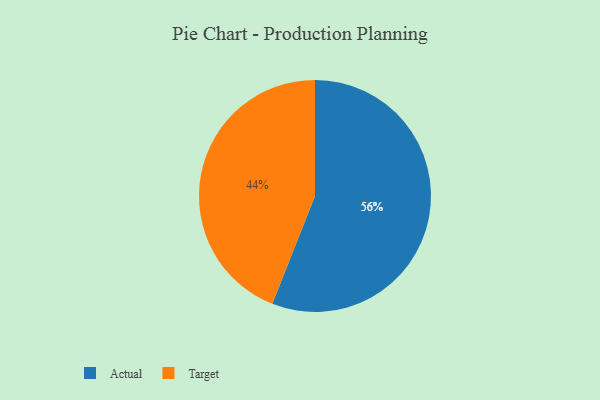
{"axis": {"x": "Category", "y": "Percentage"}, "legend": ["Actual", "Target"], "data": [{"x": "Target", "y": 44, "type": "Target"}, {"x": "Actual", "y": 56, "type": "Actual"}]}